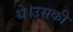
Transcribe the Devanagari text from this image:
थे।उसकी